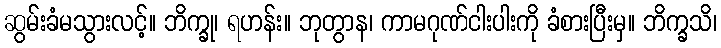
ဆွမ်းခံမသွားလင့်။ ဘိက္ခု၊ ရဟန်း။ ဘုတွာန၊ ကာမဂုဏ်ငါးပါးကို ခံစားပြီးမှ။ ဘိက္ခသိ၊